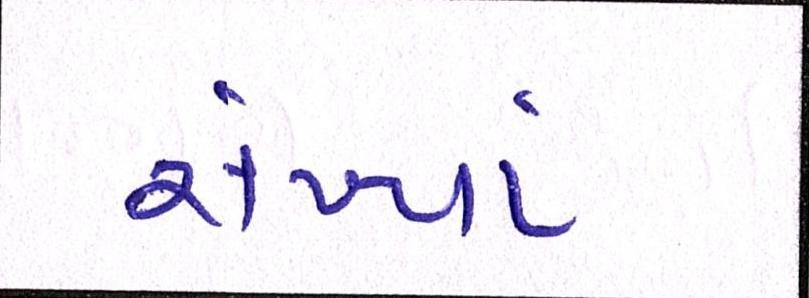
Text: સંખ્યાં